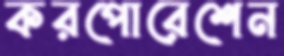
করপোরেশেন